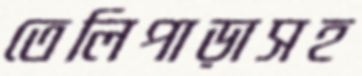
তেলিপাড়াসহ